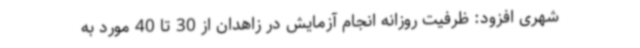
شهری افزود: ظرفیت روزانه انجام آزمایش در زاهدان از 30 تا 40 مورد به